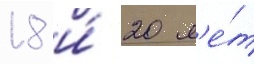
18 и́ 20 л'е́т